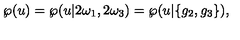
\wp ( u ) = \wp ( u | 2 \omega _ { 1 } , 2 \omega _ { 3 } ) = \wp ( u | \{ g _ { 2 } , g _ { 3 } \} ) ,